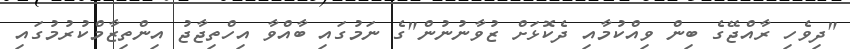
"ދިވެހި ރާއްޖޭގެ ބިން ވިއްކުމާއި ދެކޮޅަށް ޒުވާނުނުން"ގެ ނަމުގައި ބާއްވާ އިހްތިޖާޖު އިންތިޒާމްކުރުމުގައި